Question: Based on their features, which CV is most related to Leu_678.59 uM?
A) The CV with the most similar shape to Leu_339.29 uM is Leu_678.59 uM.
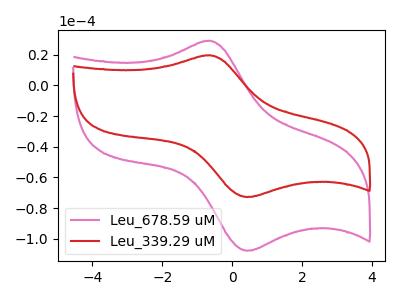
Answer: <think>The pink curve "Leu_678.59 uM" has an anodic peak at (-0.65V, 29.25uA) and a cathodic peak at (0.40V, -107.90uA). The red curve "Leu_339.29 uM" has an anodic peak at (-0.65V, 19.75uA) and a cathodic peak at (0.40V, -72.85uA).
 All the peaks in "Leu_678.59 uM" have a peak in "Leu_339.29 uM" at the same potential. Every peak in "Leu_678.59 uM" is higher than every peak in "Leu_339.29 uM".</think>
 <answer>A) The CV with the most similar shape to "Leu_339.29 uM" is "Leu_678.59 uM".</answer>
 <eval>A</eval>